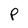
Character: P